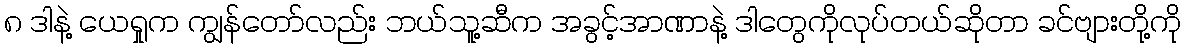
၈ ဒါနဲ့ ယေရှုက ကျွန်တော်လည်း ဘယ်သူ့ဆီက အခွင့်အာဏာနဲ့ ဒါတွေကိုလုပ်တယ်ဆိုတာ ခင်ဗျားတို့ကို